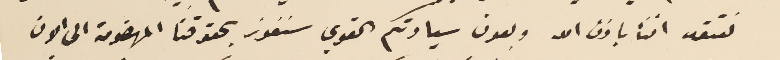
نعتقد أننا باذن الله وبعون سيادتكم القوي سنفوز بحقوقنا المهضومة الى الان